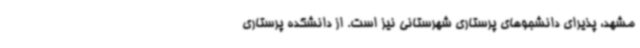
مشهد، پذیرای دانشجوهای پرستاری شهرستانی نیز است. از دانشکده پرستاری